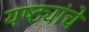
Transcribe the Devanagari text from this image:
यष्ट्यांचे